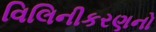
વિલિનીકરણનો